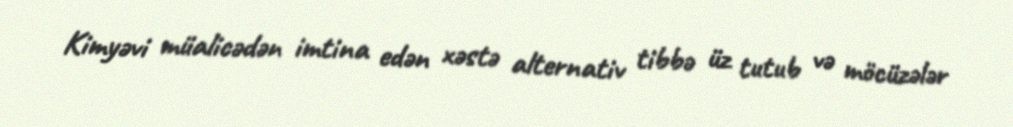
Kimyəvi müalicədən imtina edən xəstə alternativ tibbə üz tutub və möcüzələr